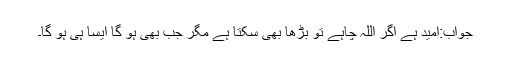
جواب:امید ہے اگر اللہ چاہے تو بڑھا بھی سکتا ہے مگر جب بھی ہو گا ایسا ہی ہو گا۔